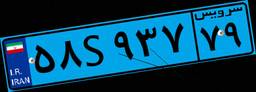
۶۲S۲۸۸۰۲